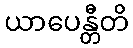
ယာပေန္တီတိ